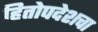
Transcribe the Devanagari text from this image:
हितोपदेशचा